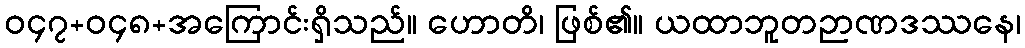
ဝ၄၇+ဝ၄၈+အကြောင်းရှိသည်။ ဟောတိ၊ ဖြစ်၏။ ယထာဘူတဉာဏဒဿနေ၊